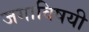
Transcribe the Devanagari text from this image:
जगाविषयी